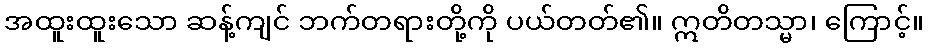
အထူးထူးသော ဆန့်ကျင် ဘက်တရားတို့ကို ပယ်တတ်၏။ ဣတိတသ္မာ၊ ကြောင့်။